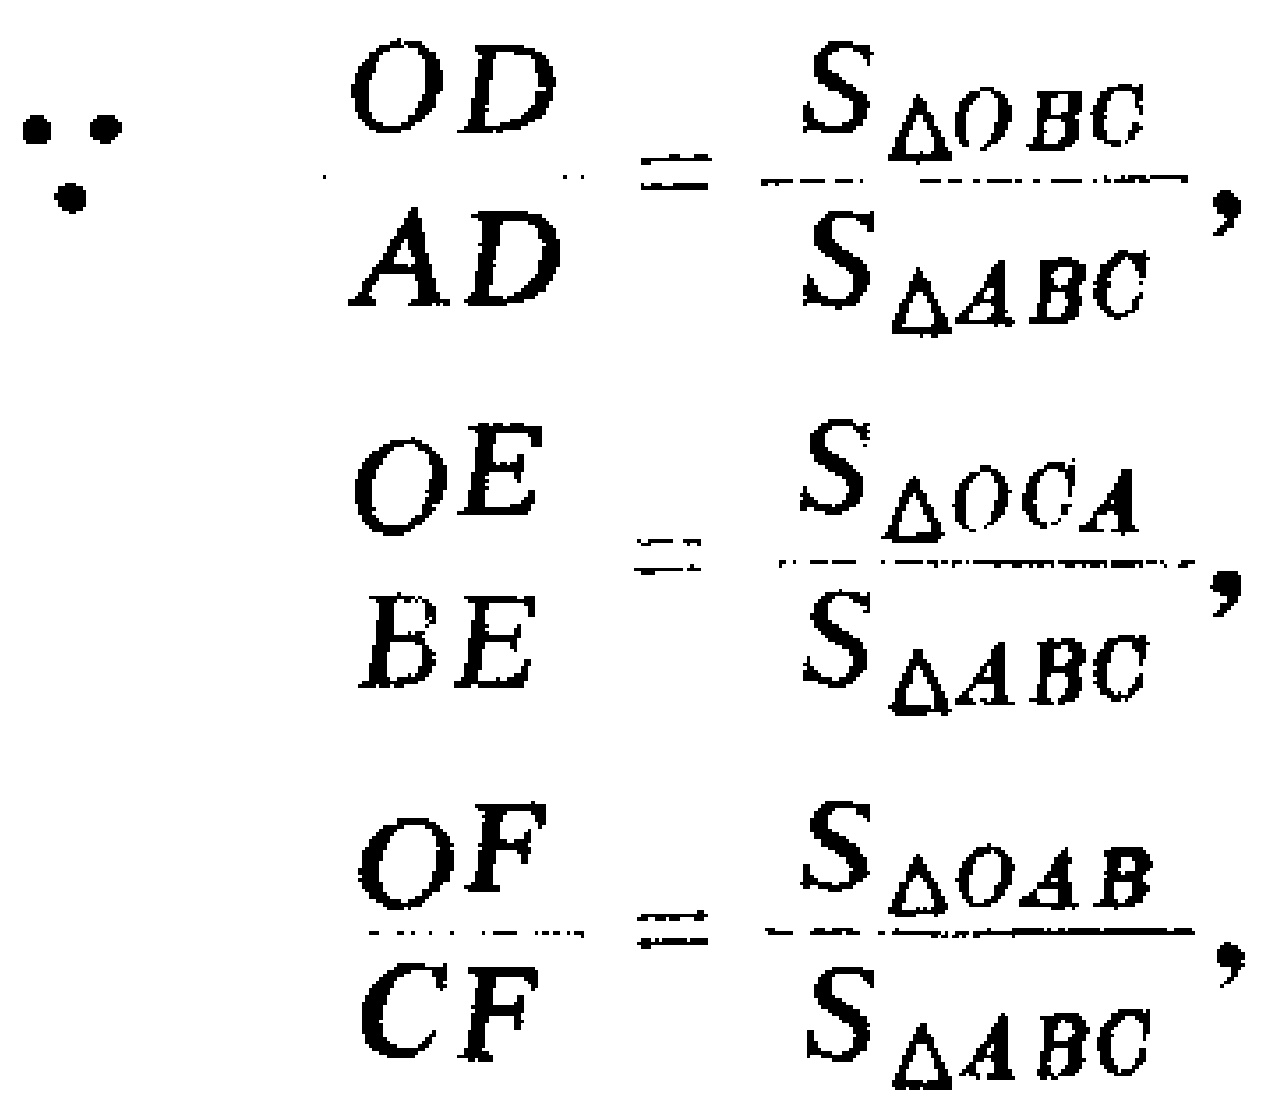
\[

\begin{align*}

\because\quad\frac{OD}{AD}&=\frac{S_{\triangle OBC}}{S_{\triangle ABC}},\\

\frac{OE}{BE}&=\frac{S_{\triangle OCA}}{S_{\triangle ABC}},\\

\frac{OF}{CF}&=\frac{S_{\triangle OAB}}{S_{\triangle ABC}},

\end{align*}

\]